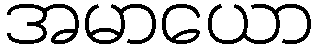
အမာယော